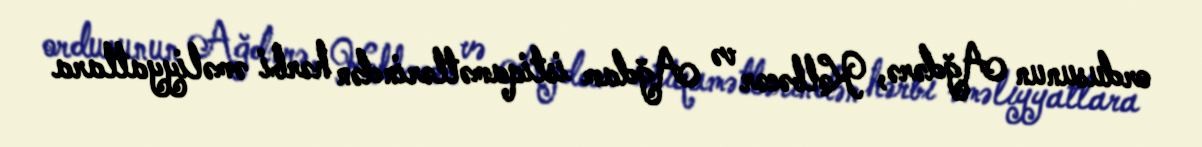
ordusunun Ağdərə, Kəlbəcər və Ağdam istiqamətlərindən hərbi əməliyyatlara